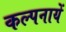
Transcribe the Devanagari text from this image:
कल्पनायें